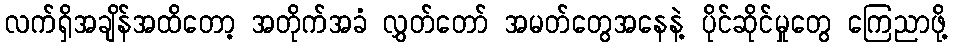
လက်ရှိအချိန်အထိတော့ အတိုက်အခံ လွှတ်တော် အမတ်တွေအနေနဲ့ ပိုင်ဆိုင်မှုတွေ ကြေညာဖို့